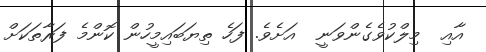
އާއި  މިލްކުވެގެންވަނީ  އަށެވެ. ފަހެ ތިޔަބައިމީހުން ކޮންމެ ފަރާތަކަށް